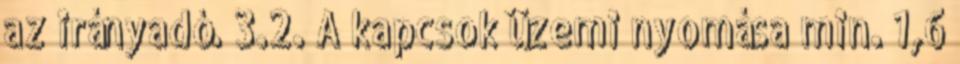
az irányadó. 3.2. A kapcsok üzemi nyomása min. 1,6